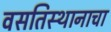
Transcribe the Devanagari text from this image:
वसतिस्थानाचा